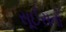
સૂઈસનો